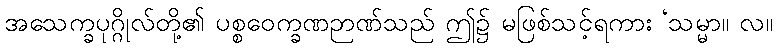
အသေက္ခပုဂ္ဂိုလ်တို့၏ ပစ္စဝေက္ခဏဉာဏ်သည် ဤ၌ မဖြစ်သင့်ရကား ‘သမ္မာ။ လ။